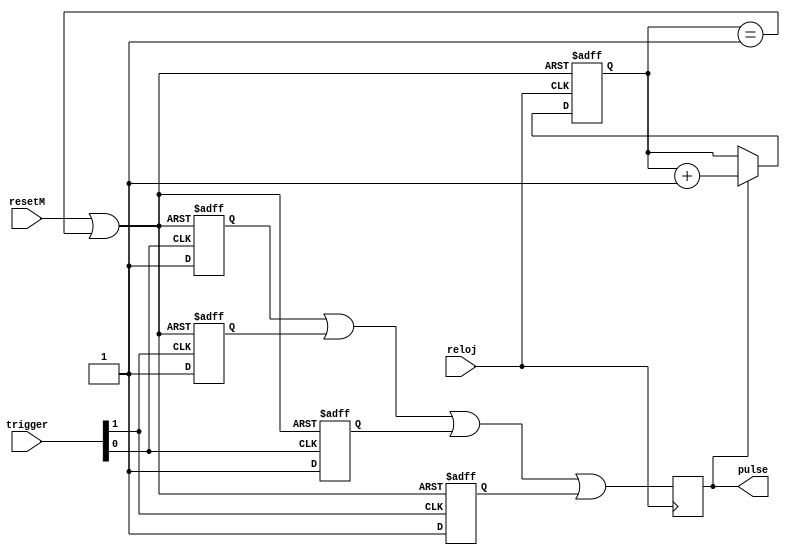
`timescale 1ns / 1ps
//////////////////////////////////////////////////////////////////////////////////
// Company: Grupo4
// Module Name: monoestable
//////////////////////////////////////////////////////////////////////////////////
/* Copyright (c) 2015, William Breathitt Gray
 *
 * Redistribution and use in source and binary forms, with or without
 * modification, are permitted provided that the following conditions
 * are met:
 *
 * 1. Redistributions of source code must retain the above copyright
 *    notice, this list of conditions and the following disclaimer.
 * 
 * 2. Redistributions in binary form must reproduce the above copyright
 *    notice, this list of conditions and the following disclaimer in
 *    the documentation and/or other materials provided with the
 *    distribution.
 *
 * THIS SOFTWARE IS PROVIDED BY THE COPYRIGHT HOLDERS AND CONTRIBUTORS
 * "AS IS" AND ANY EXPRESS OR IMPLIED WARRANTIES, INCLUDING, BUT NOT
 * LIMITED TO, THE IMPLIED WARRANTIES OF MERCHANTABILITY AND FITNESS
 * FOR A PARTICULAR PURPOSE ARE DISCLAIMED. IN NO EVENT SHALL THE
 * COPYRIGHT HOLDER OR CONTRIBUTORS BE LIABLE FOR ANY DIRECT, INDIRECT,
 * INCIDENTAL, SPECIAL, EXEMPLARY, OR CONSEQUENTIAL DAMAGES (INCLUDING,
 * BUT NOT LIMITED TO, PROCUREMENT OF SUBSTITUTE GOODS OR SERVICES; LOSS
 * OF USE, DATA, OR PROFITS; OR BUSINESS INTERRUPTION) HOWEVER CAUSED
 * AND ON ANY THEORY OF LIABILITY, WHETHER IN CONTRACT, STRICT
 * LIABILITY, OR TORT (INCLUDING NEGLIGENCE OR OTHERWISE) ARISING IN ANY
 * WAY OUT OF THE USE OF THIS SOFTWARE, EVEN IF ADVISED OF THE
 * POSSIBILITY OF SUCH DAMAGE.
 */
 
 
 
module monostable(
        input reloj,
        input resetM,
        input [1:0] trigger,
        output reg pulse = 0
);
        parameter PULSE_WIDTH = 1;

        reg [4:0] count = 0;
        reg pulse1 = 0;
        reg pulse2 = 0;
        reg pulse3 = 0;
        reg pulse4 = 0;
        wire count_rst = resetM | (count == PULSE_WIDTH);

        always @ (posedge trigger[0] , posedge count_rst) begin
                if (count_rst) begin
                        pulse1 <= 1'b0;
                end else begin
                        pulse1 <= 1'b1;
                end
        end
        always @ (posedge trigger[1], posedge count_rst) begin
                if (count_rst) begin
                        pulse2 <= 1'b0;
                end else begin
                        pulse2 <= 1'b1;
                end
        end
        always @ (negedge trigger[0], posedge count_rst) begin
                if (count_rst) begin
                        pulse3 <= 1'b0;
                end else begin
                        pulse3 <= 1'b1;
                end
        end
        always @ (negedge trigger[1], posedge count_rst) begin
                if (count_rst) begin
                        pulse4 <= 1'b0;
                end else begin
                        pulse4 <= 1'b1;
                end
        end
        always@(posedge reloj)
        pulse <= pulse1 | pulse2 | pulse3 | pulse4;

        always @ (posedge reloj, posedge count_rst) begin
                if(count_rst) begin
                        count <= 0;
                end else begin
                        if(pulse) begin
                                count <= count + 1'b1;
                        end
                end
        end
endmodule